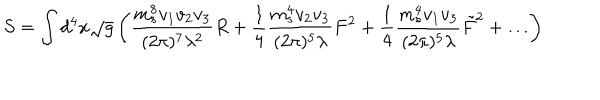
S = \int d ^ { 4 } x \sqrt { g } \left( { \frac { m _ { s } ^ { 8 } v _ { 1 } v _ { 2 } v _ { 3 } } { ( 2 \pi ) ^ { 7 } \lambda ^ { 2 } } } R + { \frac { 1 } { 4 } } { \frac { m _ { s } ^ { 4 } v _ { 2 } v _ { 3 } } { ( 2 \pi ) ^ { 5 } \lambda } } F ^ { 2 } + { \frac { 1 } { 4 } } { \frac { m _ { s } ^ { 4 } v _ { 1 } v _ { 3 } } { ( 2 \pi ) ^ { 5 } \lambda } } \tilde { F } ^ { 2 } + \dots \right)